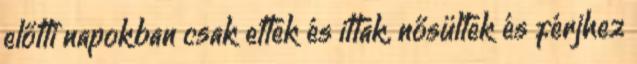
előtti napokban csak ettek és ittak, nősültek és férjhez